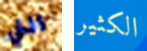
التي الكثير